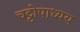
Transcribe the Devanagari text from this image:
चट्टोपाध्यय